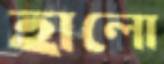
হালো